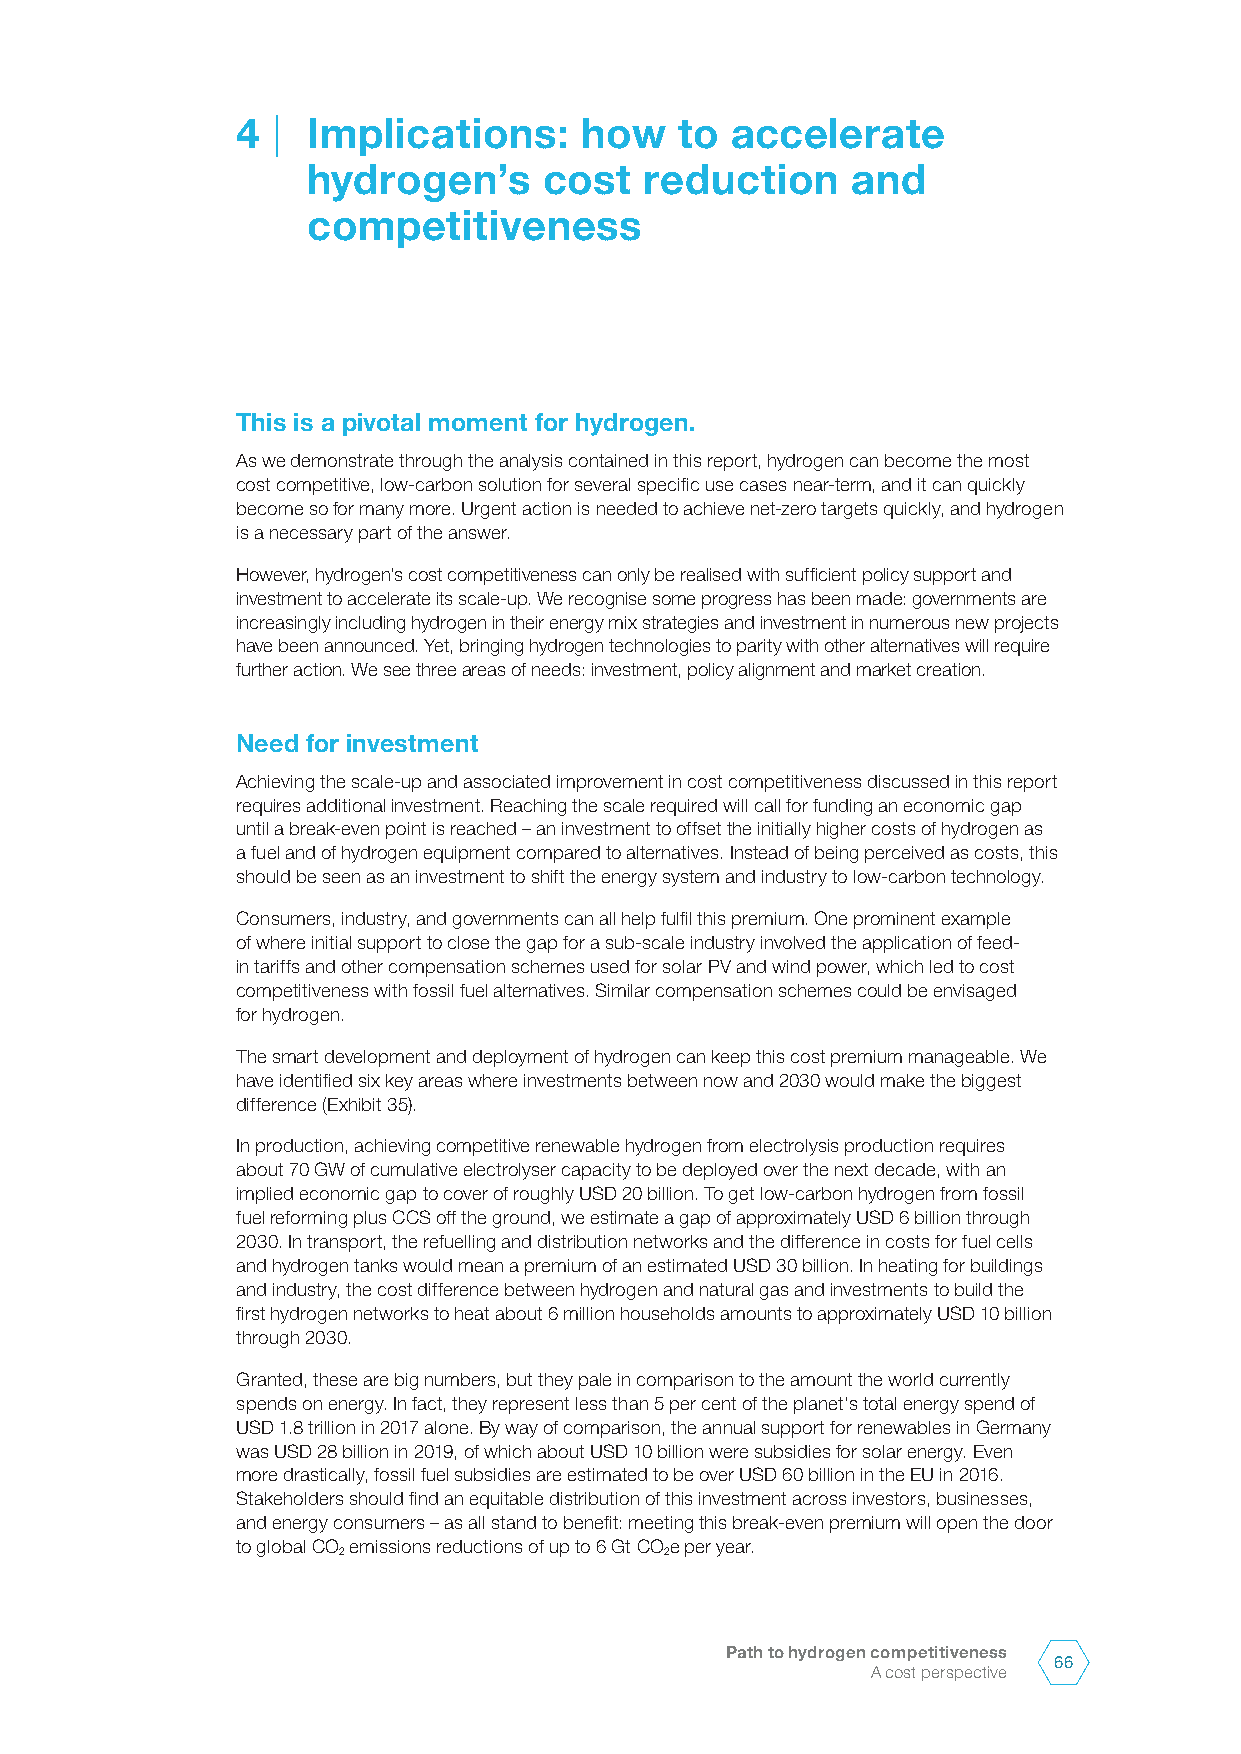
4 | Implications:     how    to accelerate
 hydrogen’s      cost   reduction    and
 competitiveness
 This is a pivotal moment for hydrogen.
 As we demonstrate through the analysis contained in this report, hydrogen can become the most
 cost competitive, low-carbon solution for several specific use cases near-term, and it can quickly
 become so for many more. Urgent action is needed to achieve net-zero targets quickly, and hydrogen
 is a necessary part of the answer.
 However, hydrogen’s cost competitiveness can only be realised with sufficient policy support and
 investment to accelerate its scale-up. We recognise some progress has been made: governments are
 increasingly including hydrogen in their energy mix strategies and investment in numerous new projects
 have been announced. Yet, bringing hydrogen technologies to parity with other alternatives will require
 further action. We see three areas of needs: investment, policy alignment and market creation.
 Need for investment
 Achieving the scale-up and associated improvement in cost competitiveness discussed in this report
 requires additional investment. Reaching the scale required will call for funding an economic gap
 until a break-even point is reached – an investment to offset the initially higher costs of hydrogen as
 a fuel and of hydrogen equipment compared to alternatives. Instead of being perceived as costs, this
 should be seen as an investment to shift the energy system and industry to low-carbon technology.
 Consumers, industry, and governments can all help fulfil this premium. One prominent example
 of where initial support to close the gap for a sub-scale industry involved the application of feed-
 in tariffs and other compensation schemes used for solar PV and wind power, which led to cost
 competitiveness with fossil fuel alternatives. Similar compensation schemes could be envisaged
 for hydrogen.
 The smart development and deployment of hydrogen can keep this cost premium manageable. We
 have identified six key areas where investments between now and 2030 would make the biggest
 difference (Exhibit 35).
 In production, achieving competitive renewable hydrogen from electrolysis production requires
 about 70 GW of cumulative electrolyser capacity to be deployed over the next decade, with an
 implied economic gap to cover of roughly USD 20 billion. To get low-carbon hydrogen from fossil
 fuel reforming plus CCS off the ground, we estimate a gap of approximately USD 6 billion through
 2030. In transport, the refuelling and distribution networks and the difference in costs for fuel cells
 and hydrogen tanks would mean a premium of an estimated USD 30 billion. In heating for buildings
 and industry, the cost difference between hydrogen and natural gas and investments to build the
 first hydrogen networks to heat about 6 million households amounts to approximately USD 10 billion
 through 2030.
 Granted, these are big numbers, but they pale in comparison to the amount the world currently
 spends on energy. In fact, they represent less than 5 per cent of the planet’s total energy spend of
 USD 1.8 trillion in 2017 alone. By way of comparison, the annual support for renewables in Germany
 was USD 28 billion in 2019, of which about USD 10 billion were subsidies for solar energy. Even
 more drastically, fossil fuel subsidies are estimated to be over USD 60 billion in the EU in 2016.
 Stakeholders should find an equitable distribution of this investment across investors, businesses,
 and energy consumers – as all stand to benefit: meeting this break-even premium will open the door
 to global CO emissions reductions of up to 6 Gt COe per year.
 2                     2
 Path to hydrogen competitiveness
 66
 A cost perspective